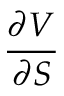
\frac { \partial V } { \partial S }